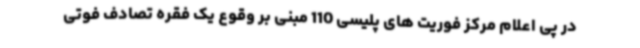
در پی اعلام مرکز فوریت های پلیسی 110 مبنی بر وقوع یک فقره تصادف فوتی